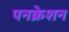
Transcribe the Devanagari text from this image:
पनक्रेशन